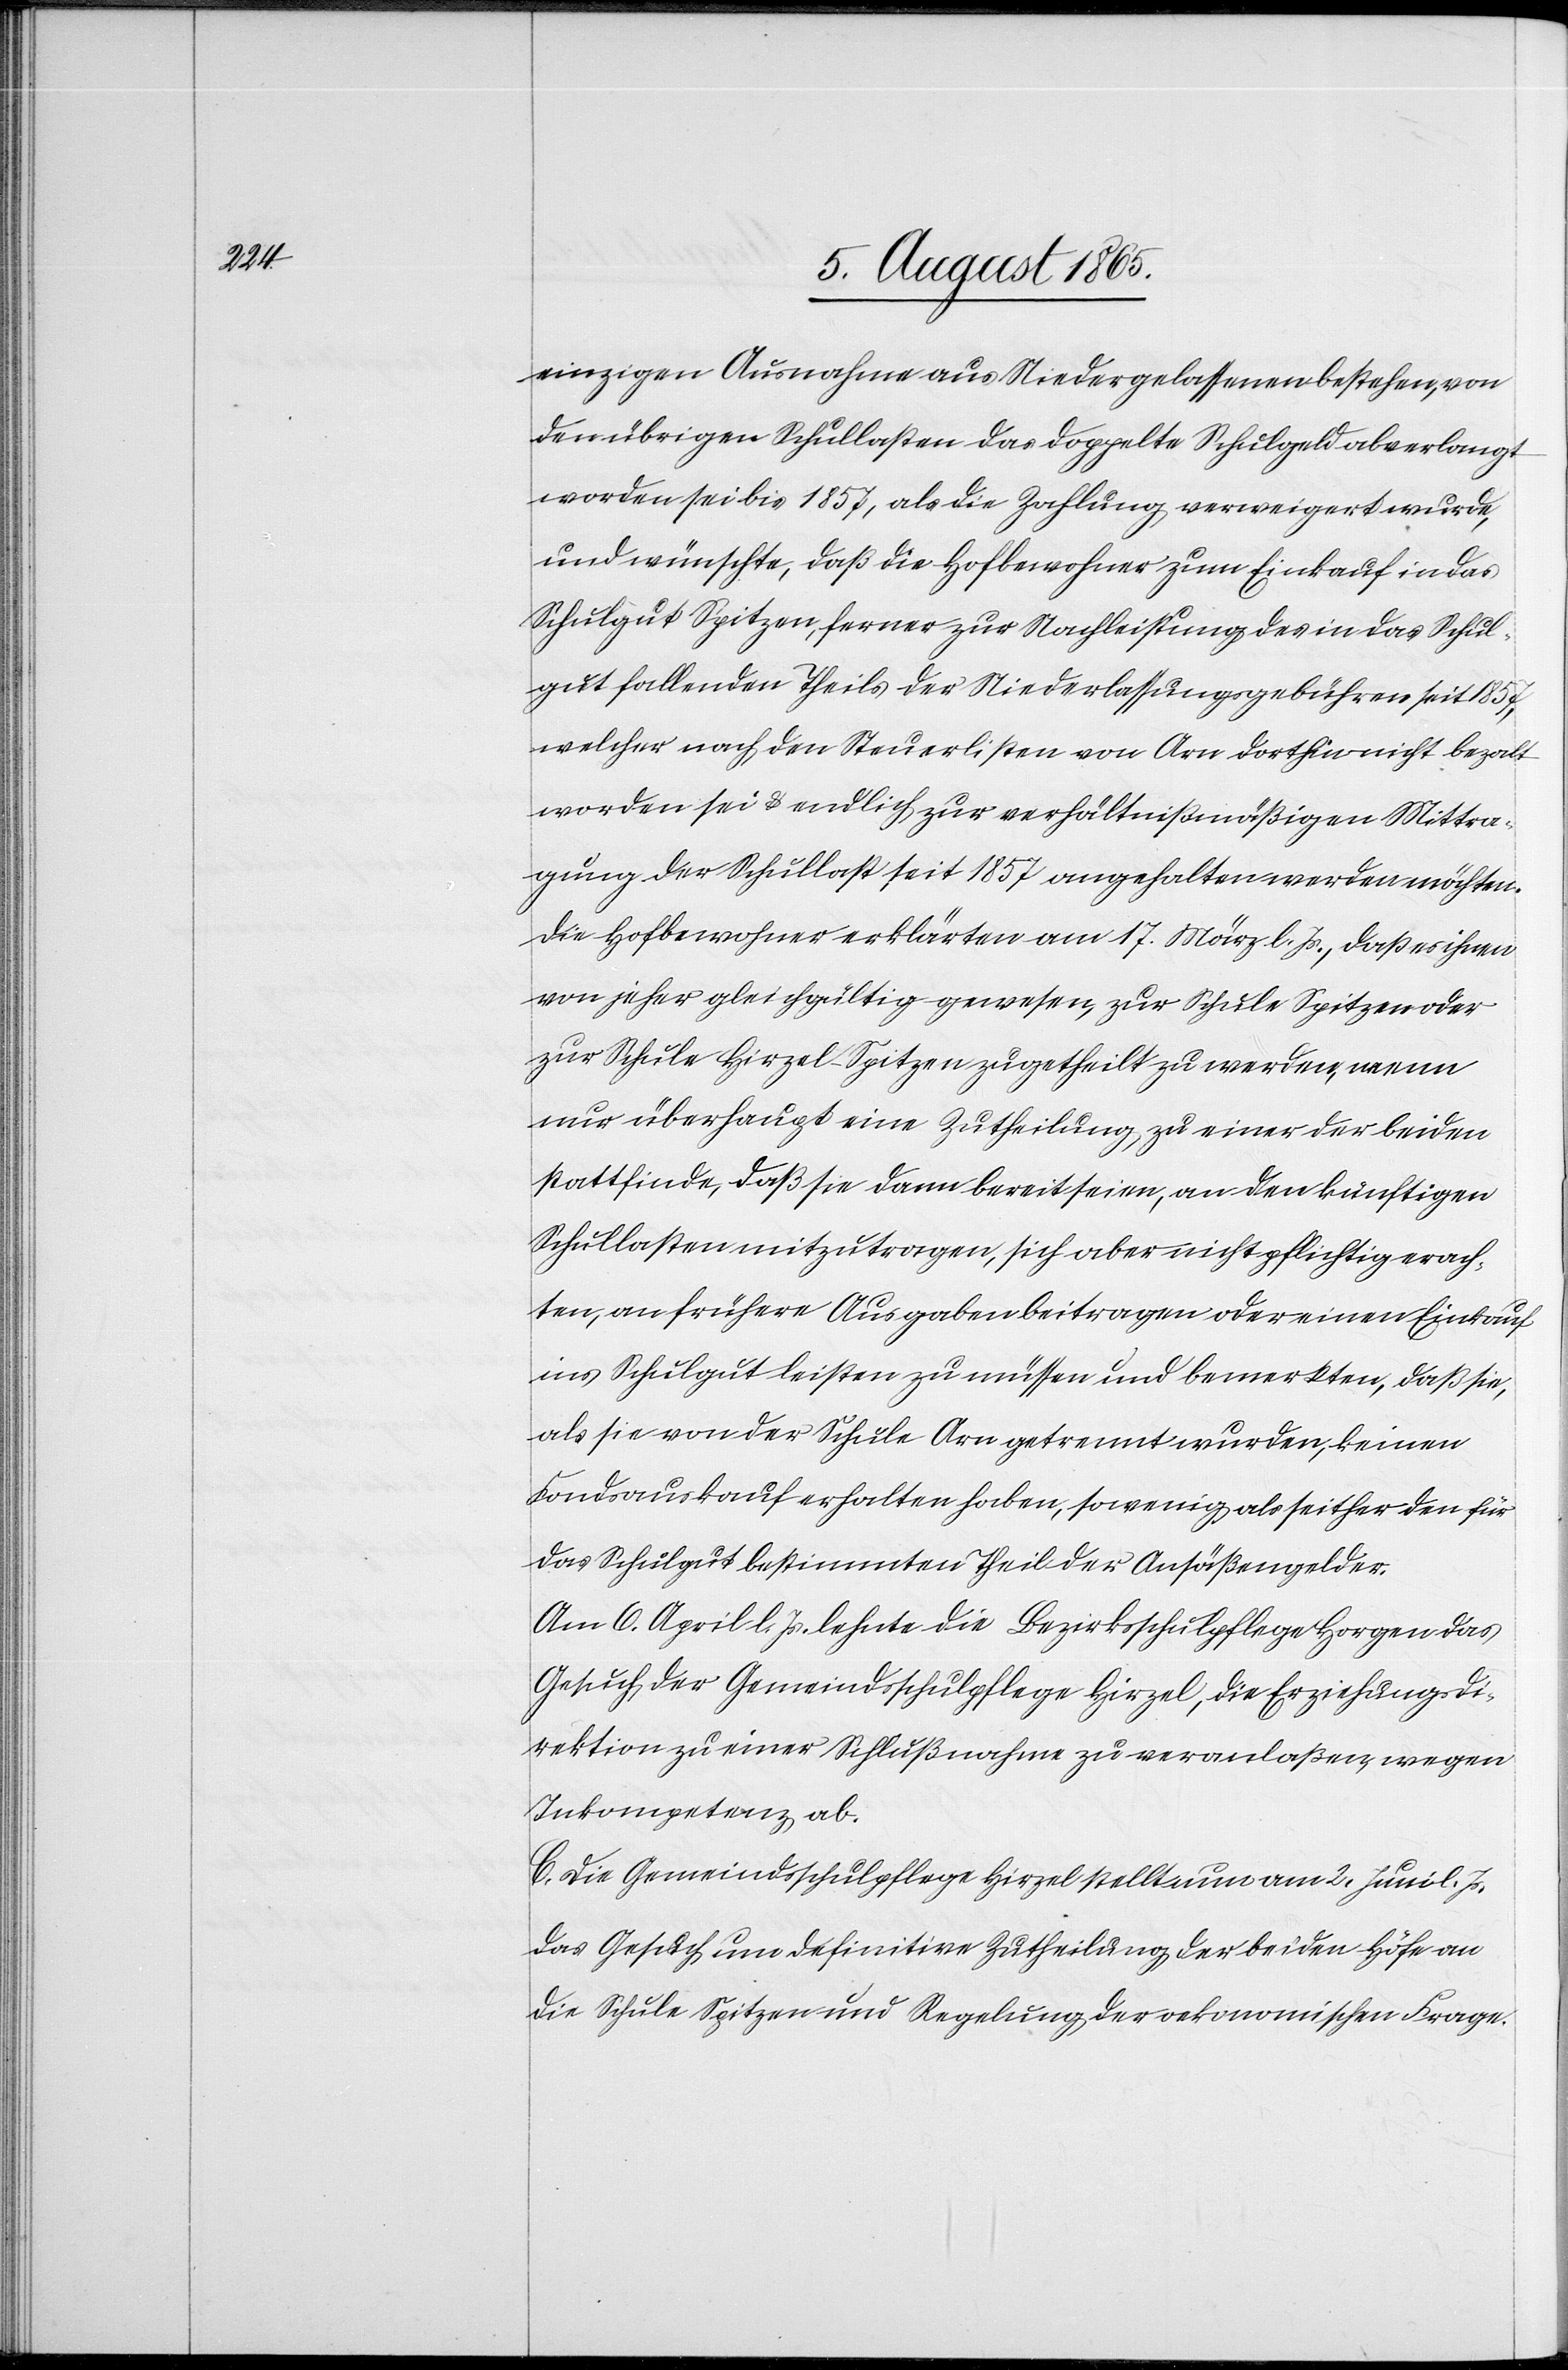
einzigen Ausnahme aus Niedergelassenen bestehen, von
den übrigen Schullasten das doppelte Schulgeld abverlangt
worden sei bis 1857, als die Zahlung verweigert wurde,
und wünschte, daß die Hofbewohner zum Einkauf in das
Schulgut Spitzen, ferner zur Nachleistung des in das Schul¬
gut fallenden Theils der Niederlassungsgebühren seit 1857,
welcher nach den Steuerlisten von Arn dorthin nicht bezahlt
worden sei u. endlich zur verhältnißmäßigen Mittra¬
gung der Schullast seit 1857 angehalten werden möchten.
Die Hofbewohner erklärten am 17. März l. Js., daß es ihnen
von jeher gleichgültig gewesen, zur Schule Spitzen oder
zur Schule Hirzel-Spitzen zugetheilt zu werden, wenn
nur überhaupt eine Zutheilung, zu einer der beiden
stattfinde, daß sie dann bereit seien, an den künftigen
Schullasten mitzutragen, sich aber nicht pflichtig erach¬
ten, an frühere Ausgaben beitragen oder einen Einkauf
ins Schulgut leisten zu müssen und bemerkten, daß sie,
als sie von der Schule Arn getrennt wurden keinen
Fondsauskauf erhalten haben, so wenig als seither den für
das Schulgut bestimmten Theil der Ansäßengelder.
Am 6. April l. Js. lehnte die Bezirksschulpflege Horgen das
Gesuch der Gemeindsschulpflege Hirzel, die Erziehungsdi¬
rektion zu einer Schlußnahme zu veranlaßen, wegen
Inkompetenz ab.
C. Die Gemeindsschulpflege Hirzel stellt nun am 2. Juni l. Js.
das Gesuch um definitive Zutheilung der beiden Höfe an
die Schule Spitzen und Regelung der oekonomischen Frage.